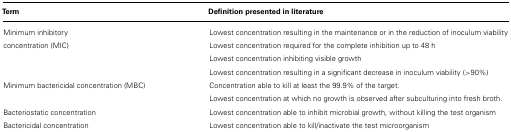
<table><thead><tr><td><b>Term</b></td><td><b>Definition presented in literature</b></td></tr></thead><tbody><tr><td>Minimum inhibitory concentration (MIC) </td><td>Lowest concentration resulting in the maintenance or in the reduction of inoculum viability Lowest concentration required for the complete inhibition up to 48 h Lowest concentration inhibiting visible growth Lowest concentration resulting in a significant decrease in inoculum viability (&gt;90%)</td></tr><tr><td>Minimum bactericidal concentration (MBC)</td><td>Concentration able to kill at least the 99.9% of the target. Lowest concentration at which no growth is observed after subculturing into fresh broth.</td></tr><tr><td>Bacteriostatic concentration</td><td>Lowest concentration able to inhibit microbial growth, without killing the test organism</td></tr><tr><td>Bactericidal concentration</td><td>Lowest concentration able to kill/inactivate the test microorganism</td></tr></tbody></table>